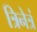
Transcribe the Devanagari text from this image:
त्रिनेत्रं